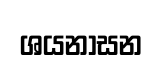
ශයනාසන